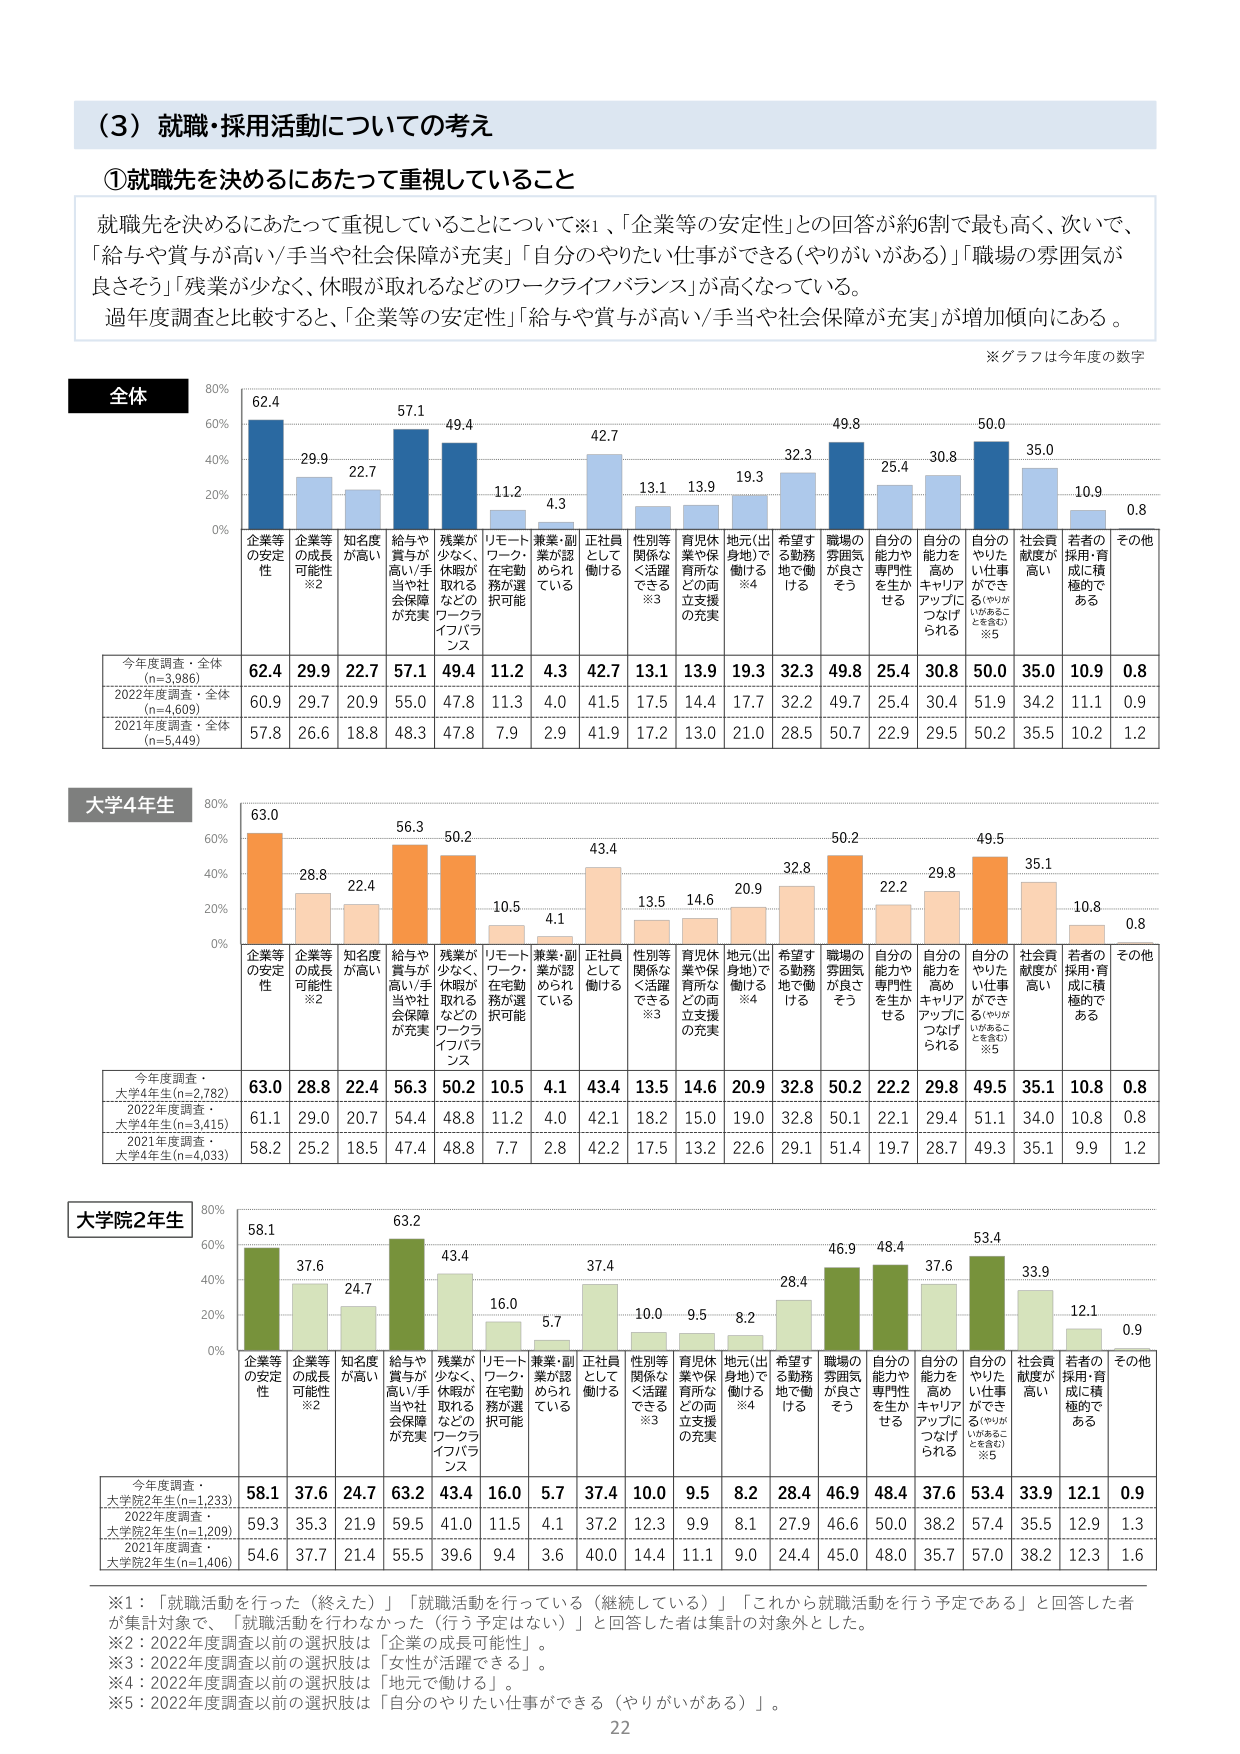
（3）就職・採用活動についての考え

①就職先を決めるにあたって重視していること

就職先を決めるにあたって重視していることについて※1、「企業等の安定性」との回答が約6割で最も高く、次いで、「給与や賞与が高い／手当や社会保障が充実」「自分のやりたい仕事ができる（やりがいがある）」「職場の雰囲気が良さそう」「残業が少なく、休暇が取れるなどのワークライフバランス」が高くなっている。

過年度調査と比較すると、「企業等の安定性」「給与や賞与が高い／手当や社会保障が充実」が増加傾向にある。

※グラフは今年度の数字

全体
80%
60%
40%
20%
0%
企業等の安定性 62.4
企業等の成長可能性※2 29.9
知名度が高い 22.7
給与や賞与が高い／手当や社会保障が充実 57.1
残業が少なく、休暇が取れるなどのワークライフバランス 49.4
リモートワーク・在宅勤務が選択可能 11.2
兼業・副業が認められている 4.3
正社員として働ける 42.7
性別等関係なく活躍できる※3 13.1
育児休業や保育所などの両立支援の充実 13.9
地元（出身地）で働ける※4 19.3
希望する勤務地で働ける 32.3
職場の雰囲気が良さそう 49.8
自分の能力や専門性を生かせる 25.4
自分の能力を高めキャリアアップにつなげられる 30.8
自分のやりたい仕事ができる（やりがいがあることを見込む）※5 50.0
社会貢献度が高い 35.0
若者の採用・育成に積極的である 10.9
その他 0.8

今年度調査・全体（n=3,986） 62.4 29.9 22.7 57.1 49.4 11.2 4.3 42.7 13.1 13.9 19.3 32.3 49.8 25.4 30.8 50.0 35.0 10.9 0.8
2022年度調査・全体（n=4,609） 60.9 29.7 20.9 55.0 47.8 11.3 4.0 41.5 17.5 14.4 17.7 32.2 49.7 25.4 30.4 51.9 34.2 11.1 0.9
2021年度調査・全体（n=5,449） 57.8 26.6 18.8 48.3 47.8 7.9 2.9 41.9 17.2 13.0 21.0 28.5 50.7 22.9 29.5 50.2 35.5 10.2 1.2

大学4年生
80%
60%
40%
20%
0%
企業等の安定性 63.0
企業等の成長可能性※2 28.8
知名度が高い 22.4
給与や賞与が高い／手当や社会保障が充実 56.3
残業が少なく、休暇が取れるなどのワークライフバランス 50.2
リモートワーク・在宅勤務が選択可能 10.5
兼業・副業が認められている 4.1
正社員として働ける 43.4
性別等関係なく活躍できる※3 13.5
育児休業や保育所などの両立支援の充実 14.6
地元（出身地）で働ける※4 20.9
希望する勤務地で働ける 32.8
職場の雰囲気が良さそう 50.2
自分の能力や専門性を生かせる 22.2
自分の能力を高めキャリアアップにつなげられる 29.8
自分のやりたい仕事ができる（やりがいがあることを見込む）※5 49.5
社会貢献度が高い 35.1
若者の採用・育成に積極的である 10.8
その他 0.8

今年度調査・大学4年生（n=2,782） 63.0 28.8 22.4 56.3 50.2 10.5 4.1 43.4 13.5 14.6 20.9 32.8 50.2 22.2 29.8 49.5 35.1 10.8 0.8
2022年度調査・大学4年生（n=3,415） 61.1 29.0 20.7 54.4 48.8 11.2 4.0 42.1 18.2 15.0 19.0 32.8 50.1 22.1 29.4 51.1 34.0 10.8 0.8
2021年度調査・大学4年生（n=4,033） 58.2 25.2 18.5 47.4 48.8 7.7 2.8 42.2 17.5 13.2 22.6 29.1 51.4 19.7 28.7 49.3 35.1 9.9 1.2

大学院2年生
80%
60%
40%
20%
0%
企業等の安定性 58.1
企業等の成長可能性※2 37.6
知名度が高い 24.7
給与や賞与が高い／手当や社会保障が充実 63.2
残業が少なく、休暇が取れるなどのワークライフバランス 43.4
リモートワーク・在宅勤務が選択可能 16.0
兼業・副業が認められている 5.7
正社員として働ける 37.4
性別等関係なく活躍できる※3 10.0
育児休業や保育所などの両立支援の充実 9.5
地元（出身地）で働ける※4 8.2
希望する勤務地で働ける 28.4
職場の雰囲気が良さそう 46.9
自分の能力や専門性を生かせる 48.4
自分の能力を高めキャリアアップにつなげられる 37.6
自分のやりたい仕事ができる（やりがいがあることを見込む）※5 53.4
社会貢献度が高い 33.9
若者の採用・育成に積極的である 12.1
その他 0.9

今年度調査・大学院2年生（n=1,233） 58.1 37.6 24.7 63.2 43.4 16.0 5.7 37.4 10.0 9.5 8.2 28.4 46.9 48.4 37.6 53.4 33.9 12.1 0.9
2022年度調査・大学院2年生（n=1,209） 59.3 35.3 21.9 59.5 41.0 11.5 4.1 37.2 12.3 9.9 8.1 27.9 46.6 50.0 38.2 57.4 35.5 12.9 1.3
2021年度調査・大学院2年生（n=1,406） 54.6 37.7 21.4 55.5 39.6 9.4 3.6 40.0 14.4 11.1 9.0 24.4 45.0 48.0 35.7 57.0 38.2 12.3 1.6

※1：「就職活動を行った（終えた）」「就職活動を行っている（継続している）」「これから就職活動を行う予定である」と回答した者が集計対象で、「就職活動を行わなかった（行う予定はない）」と回答した者は集計の対象外とした。
※2：2022年度調査以前の選択肢は「企業の成長可能性」。
※3：2022年度調査以前の選択肢は「女性が活躍できる」。
※4：2022年度調査以前の選択肢は「地元で働ける」。
※5：2022年度調査以前の選択肢は「自分のやりたい仕事ができる（やりがいがある）」。

22